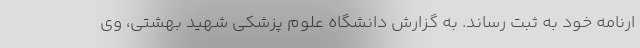
ارنامه خود به ثبت رساند. به گزارش دانشگاه علوم پزشکی شهید بهشتی، وی